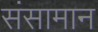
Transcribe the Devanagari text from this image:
संसामान